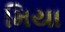
મિયા